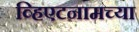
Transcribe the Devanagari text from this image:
व्हिएटनामच्या